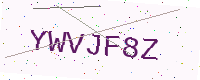
Text: YWVJF8Z